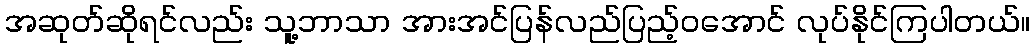
အဆုတ်ဆိုရင်လည်း သူ့ဘာသာ အားအင်ပြန်လည်ပြည့်ဝအောင် လုပ်နိုင်ကြပါတယ်။